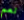
نعم